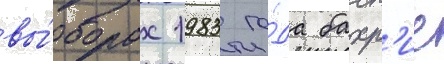
вы́борах 1983 го́да бахр'ие